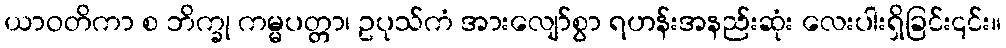
ယာဝတိကာ စ ဘိက္ခု ကမ္မပတ္တာ၊ ဥပုသ်ကံ အားလျော်စွာ ရဟန်းအနည်းဆုံး လေးပါးရှိခြင်း၎င်း။